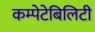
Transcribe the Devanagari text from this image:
कम्पेटेबिलिटी